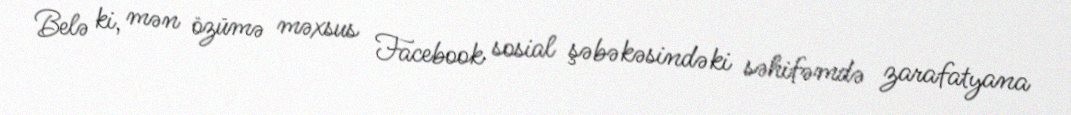
Belə ki, mən özümə məxsus Facebook sosial şəbəkəsindəki səhifəmdə zarafatyana